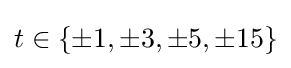
t\in \{\pm 1,\pm 3,\pm 5,\pm 15\}